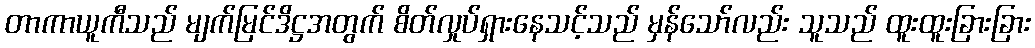
တာကာယူကီသည် မျက်မြင်ဒိဋ္ဌအတွက် စိတ်လှုပ်ရှားနေသင့်သည် မှန်သော်လည်း သူသည် ထူးထူးခြားခြား